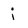
Character: j